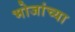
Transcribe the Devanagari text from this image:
भोजांच्या